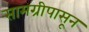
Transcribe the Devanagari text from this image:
सामग्रीपासून